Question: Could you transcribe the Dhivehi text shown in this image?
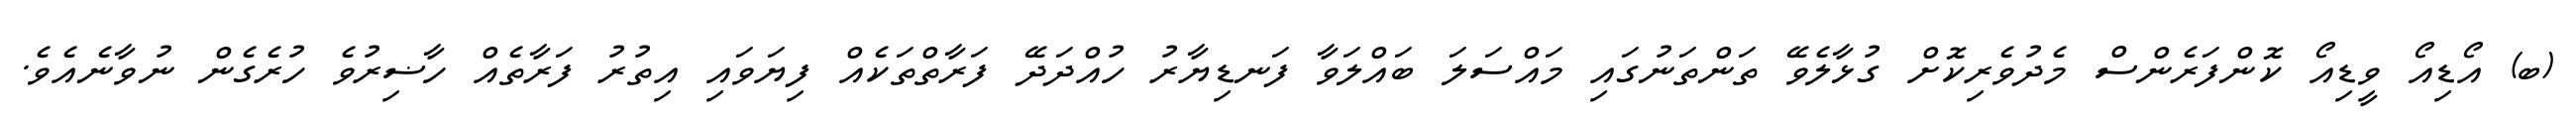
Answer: (ބ) އޯޑިއޯ ވީޑިއޯ ކޮންފަރެންސް މެދުވެރިކޮށް ގުޅާލެވޭ ތަންތަނުގައި މައްސަލަ ބައްލަވާ ފަނޑިޔާރު ހުއްދަދޭ ފަރާތްތަކެއް ފިޔަވައި އިތުރު ފަރާތެއް ހާޟިރުވެ ހުރެގެން ނުވާނެއެވެ.